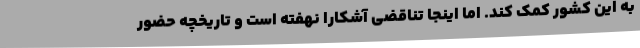
به این کشور کمک کند. اما اینجا تناقضی آشکارا نهفته است و تاریخچه حضور